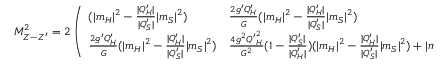
M _ { Z - Z ^ { \prime } } ^ { 2 } = 2 \left( \begin{array} { l l } { { ( | m _ { H } | ^ { 2 } - { \frac { | Q _ { H } ^ { \prime } | } { | Q _ { S } ^ { \prime } | } } | m _ { S } | ^ { 2 } ) } } & { { { \frac { 2 g ^ { \prime } Q _ { H } ^ { \prime } } { G } } ( | m _ { H } | ^ { 2 } - { \frac { | Q _ { H } ^ { \prime } | } { | Q _ { S } ^ { \prime } | } } | m _ { S } | ^ { 2 } ) } } \\ { { { \frac { 2 g ^ { \prime } Q _ { H } ^ { \prime } } { G } } ( | m _ { H } | ^ { 2 } - { \frac { | Q _ { H } ^ { \prime } | } { | Q _ { S } ^ { \prime } | } } | m _ { S } | ^ { 2 } ) } } & { { { \frac { 4 g ^ { 2 } { Q ^ { \prime } } _ { H } ^ { 2 } } { G ^ { 2 } } } ( 1 - { \frac { | Q _ { S } ^ { \prime } | } { | Q _ { H } ^ { \prime } | } } ) ( | m _ { H } | ^ { 2 } - { \frac { | Q _ { H } ^ { \prime } | } { | Q _ { S } ^ { \prime } | } } | m _ { S } | ^ { 2 } ) + | m _ { S } | ^ { 2 } } } \end{array} \right) .